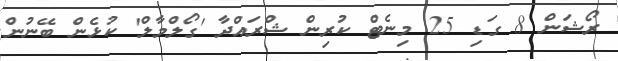
ރޯޝަން 8 ގަޑި 25 މިނެޓް ކުރިން ޝްރައްދާ 'ގޯލްމާލް' ކުޅެން ބޭނުން